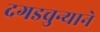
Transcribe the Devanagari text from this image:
दगडचुन्याने